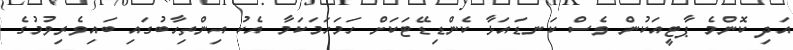
އަދި ކޮންމެ ޕާޓީއަކުން ވެސް ކަނޑައަޅާ ކެންޑިޑޭޓަކަށް ހަމަހަމަކަމާ އެކު އިންތިހާބުގައި ބައިވެރިވުމުގެ